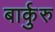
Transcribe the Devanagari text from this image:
बार्कुरु